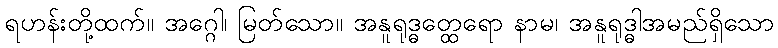
ရဟန်းတို့ထက်။ အဂ္ဂေါ၊ မြတ်သော။ အနူရုဒ္ဓတ္ထေရော နာမ၊ အနူရုဒ္ဓါအမည်ရှိသော